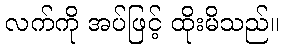
လက်ကို အပ်ဖြင့် ထိုးမိသည်။